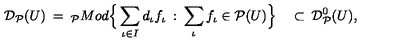
{ \cal D } _ { \cal P } ( U ) \: = \: _ { \cal P } M o d \Big \{ \sum _ { \iota \in I } d _ { \iota } f _ { \iota } \: : \: \sum _ { \iota } f _ { \iota } \in { \cal P } ( U ) \Big \} \quad \subset \: { \cal D } _ { \cal P } ^ { 0 } ( U ) ,